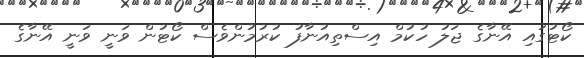
ކޯޓުގައި އޭނާގެ ޖަލު ހުކުމް އިސްތިއުނާފު ކުރުމުންވެސް ކޯޓުން ވަނީ ވަނީ އޭނާގެ